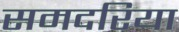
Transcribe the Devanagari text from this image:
समदरिया